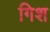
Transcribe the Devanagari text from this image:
गिश